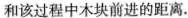
和该过程中木块前进的距离.